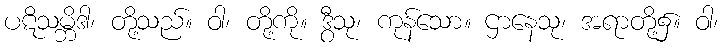
ပဋိသမ္ဘိဒါ၊ တို့သည်။ ဝါ၊ တို့ကို။ ဒွီသု၊ ကုန်သော။ ဌာနေသု၊ အရာတို့၌။ ဝါ၊